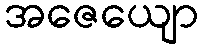
အဇေယျော